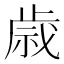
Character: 𫞓